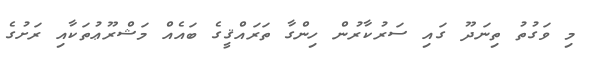
މި ވަގުތު ތިނަދޫ ގައި ސަރުކާރުން ހިންގާ ތަރައްޤީގެ ބައެއް މަޝްރޫޢުތަކާއި ރަށުގެ